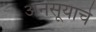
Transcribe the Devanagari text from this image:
अनसूयाचे